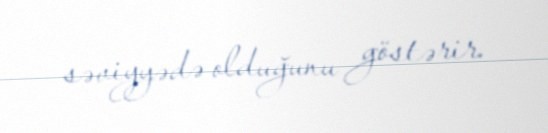
səviyyədə olduğunu göstərir.